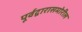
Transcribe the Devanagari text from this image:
पूर्वद्वारासमोरील